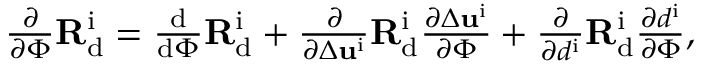
\begin{array} { r } { \frac { \partial } { \partial \Phi } \mathbf { R } _ { \mathrm { d } } ^ { \mathrm { i } } = \frac { \mathrm { d } } { \mathrm { d } \Phi } \mathbf { R } _ { \mathrm { d } } ^ { \mathrm { i } } + \frac { \partial } { \partial \Delta { { \mathbf { u } } ^ { \mathrm { i } } } } \mathbf { R } _ { \mathrm { d } } ^ { \mathrm { i } } \frac { \partial \Delta { { \mathbf { u } } ^ { \mathrm { i } } } } { \partial \Phi } + \frac { \partial } { \partial { { d } ^ { \mathrm { i } } } } \mathbf { R } _ { \mathrm { d } } ^ { \mathrm { i } } \frac { \partial { { d } ^ { \mathrm { i } } } } { \partial \Phi } , } \end{array}